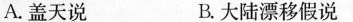
A.盖天说 B.大陆漂移假说